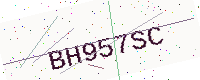
Text: BH957SC